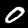
Label: 0